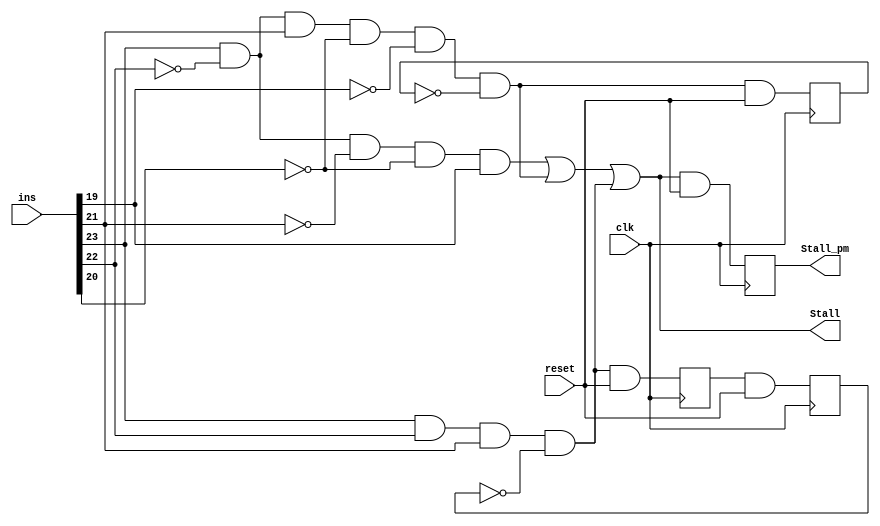
`timescale 1ns / 1ps
//////////////////////////////////////////////////////////////////////////////////
// Company: 
// Engineer: 
// 
// Design Name: 
// Module Name:    Stall_Control_Block 
// Project Name: 
// Target Devices: 
// Tool versions: 
// Description: 
//
// Dependencies: 
//
// Revision: 
// Revision 0.01 - File Created
// Additional Comments: 
//
//////////////////////////////////////////////////////////////////////////////////
module Stall_Control_Block(Stall, Stall_pm, ins, clk, reset);

input [23:0]ins;
input clk, reset;

output Stall;
output reg Stall_pm;

wire HLT, Ld, JUMP;	//And gate instances
reg Q1,Q2,Q3;	//Output of the flip-flop
wire temp, temp1, temp2, temp3;	//Input of the filp-flop

and hlt(HLT, ins[23], ~ins[22], ~ins[21], ~ins[20], ins[19]);
and ld(Ld, ins[23], ~ins[22], ins[21], ~ins[20], ~ins[19], ~Q1);
and jump(JUMP, ins[23], ins[22], ins[21], ~Q3);

//D flip-flop
and a1(temp,Ld,reset);	// Reset D filp-flop or pass input to D filp-flop 
always @(posedge clk)
	Q1<=temp;

//D flip-flop
and a2(temp1,JUMP,reset); 	// Reset D filp-flop or pass input to D filp-flop
always @(posedge clk)
	Q2<=temp1;

//D flip-flop
and a3(temp2,Q2,reset);		// Reset D filp-flop or pass input to D filp-flop
always @(posedge clk)
	Q3<=temp2;
	
// Stall_pm
and a4(temp3,Stall,reset);	// Reset D filp-flop or pass input to D filp-flop
always @(posedge clk)
	Stall_pm<=temp3;

//Stall
or o1(Stall, HLT, Ld, JUMP);

endmodule